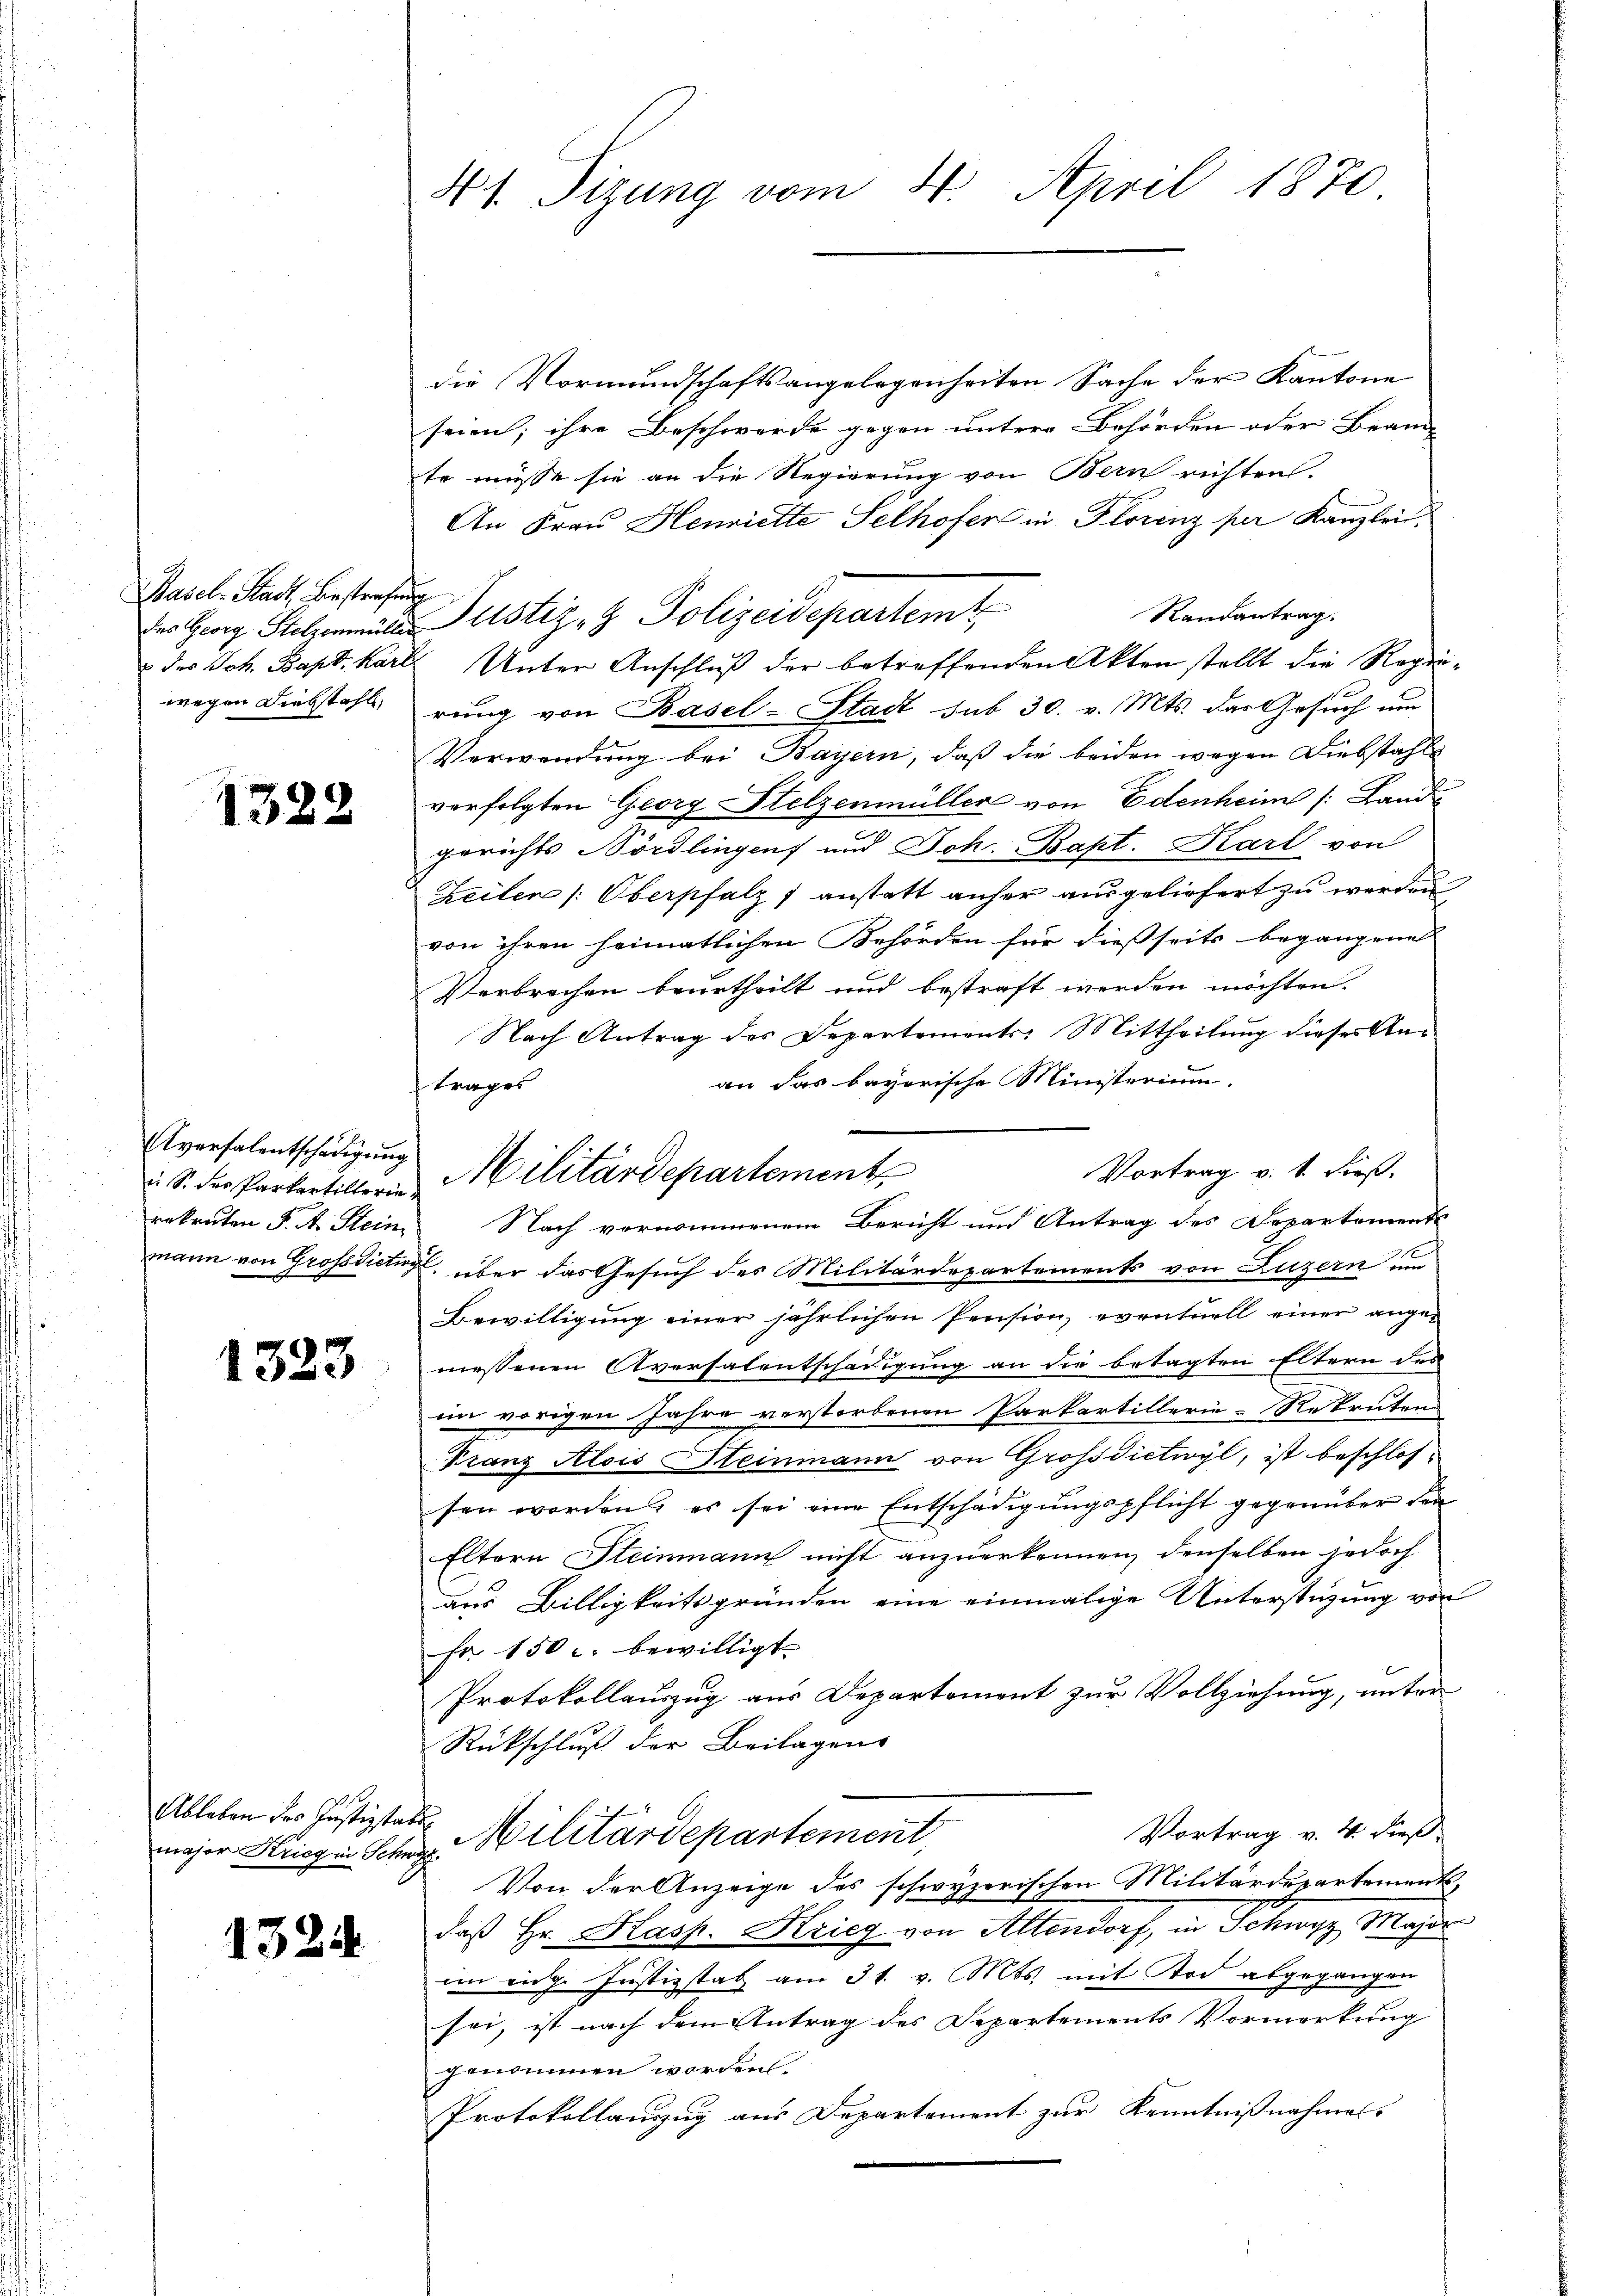
Basel-Stadt Bestrafung
wegen Diebstahl

1322

Aversalentschädigung

1323

Ableben der Justizstatt

1324

41. Sizung vom 4. April 1870

die Vormundschaftsangelegenheiten Sache der Kantone
seien; ihre Beschwerde gegen untere Behörden oder Beam-
te müsse sie an die Regierung von Bern richten.
An Frau Henriette Selhofer in Florenz per Kanzlei.
Randantrag.
des Joh. Bapt. Karl Unter Anschluß der betreffenden Akten stellt die Regierung von Basel-Stadt sub 30. v. Mts. das Gesuch um
Verwendung bei Bayern, daß die beiden wegen Diebstahle
verfolgten Georg Stelzenmüller von Edenheim (: Land
gerichts Nördlingen und Joh. Bapt. Karl von
Zeilen (Oberpfalz anstatt anher ausgeliefert zu werden
von ihren heimatlichen Behörden für dießseits begangene
Verbrechen beurtheilt und bestraft werden möchten.
Nach Antrag des Departements Mittheilung dieses Anan das bayerische Ministerium.
rekruten F. A. Stein. Nach vernommenem Bericht und Antrag des Departemente
mann von Grossdictor über das Gesuch des Militärdepartements von Luzern um
Bewilligung einer jährlichen Pension, eventuell einer ange-
messenen Aversalentschädigung an die betagten Eltern des
im vorigen Jahre verstorbenen Parkartillerie-Rekruten
Franz Alois Steinmann von Großdietwyl, ist beschlossen worden, es sei eine Entschädigungspflicht gegenüber den
Eltern Steinmann nicht anzuerkennen, denselben jedoch
aus Billigkeitsgründen eine einmalige Unterstüzung von
Fr. 150 c. bewilligt.
Protokollauszug aus Departement zur Vollziehung, unter
Rückschluß der Beilagens
Vortrag v. 4. dieß
major Kriegen Schr. Militärdepartement,
Von der Anzeige des schwyzerischen Militärdepartementsdaß Hr. Hasp. Krieg von Altendorf, in Schwyz, Major
im eidg. Justizstat am 31. v. Mts. mit Tod abgegangen
sei, ist nach dem Antrag des Departements Vormerkung
genommen worden.
Protokollauszug aus Departement zur Kenntnißnahmes

Georg Stelmater Justiz- & Polizeidepartemt,

ftrages
Vortrag v. 1. dieß,
S. der Partertillerie Militärdepartement,